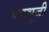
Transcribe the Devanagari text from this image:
षटभुजी